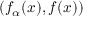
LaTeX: ( f _ { \alpha } ( x ) , f ( x ) )